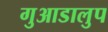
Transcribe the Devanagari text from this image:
गुआडालुप